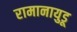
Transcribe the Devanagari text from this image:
रामानायुडू